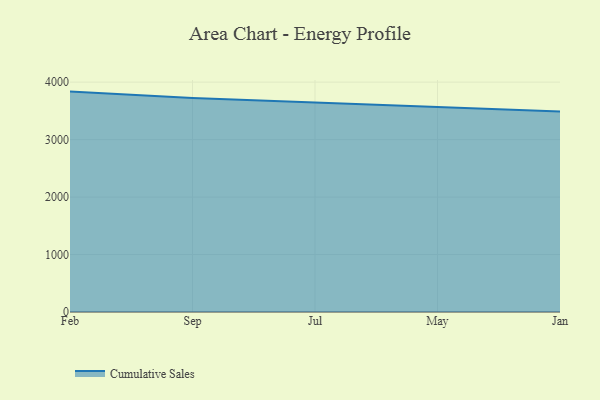
{"axis": {"x": "Month", "y": "Demand Index"}, "legend": ["Cumulative Sales"], "data": [{"x": "Feb", "y": 3835.3, "type": "Cumulative Sales"}, {"x": "Sep", "y": 3721.8, "type": "Cumulative Sales"}, {"x": "Jul", "y": 3647.0, "type": "Cumulative Sales"}, {"x": "May", "y": 3568.6, "type": "Cumulative Sales"}, {"x": "Jan", "y": 3489.4, "type": "Cumulative Sales"}]}